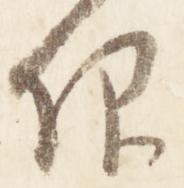
仰